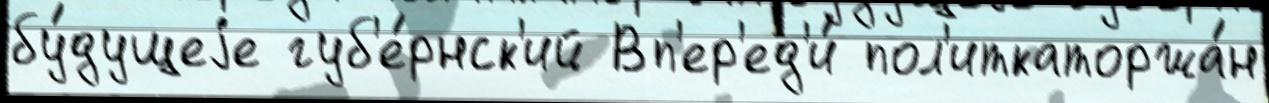
бу́дущеjе губ'е́рнск'ий Вп'ер'ед'и́ пол'иткаторжа́н